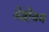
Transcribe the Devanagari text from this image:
मेडीयम